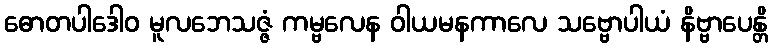
ဓောတပါဒေါဝ မူလဘေသဇ္ဇံ ကမ္ဗလေန ဝါယမနကာလေ သဗ္ဗောပါယံ နိဗ္ဗာပေန္တိ